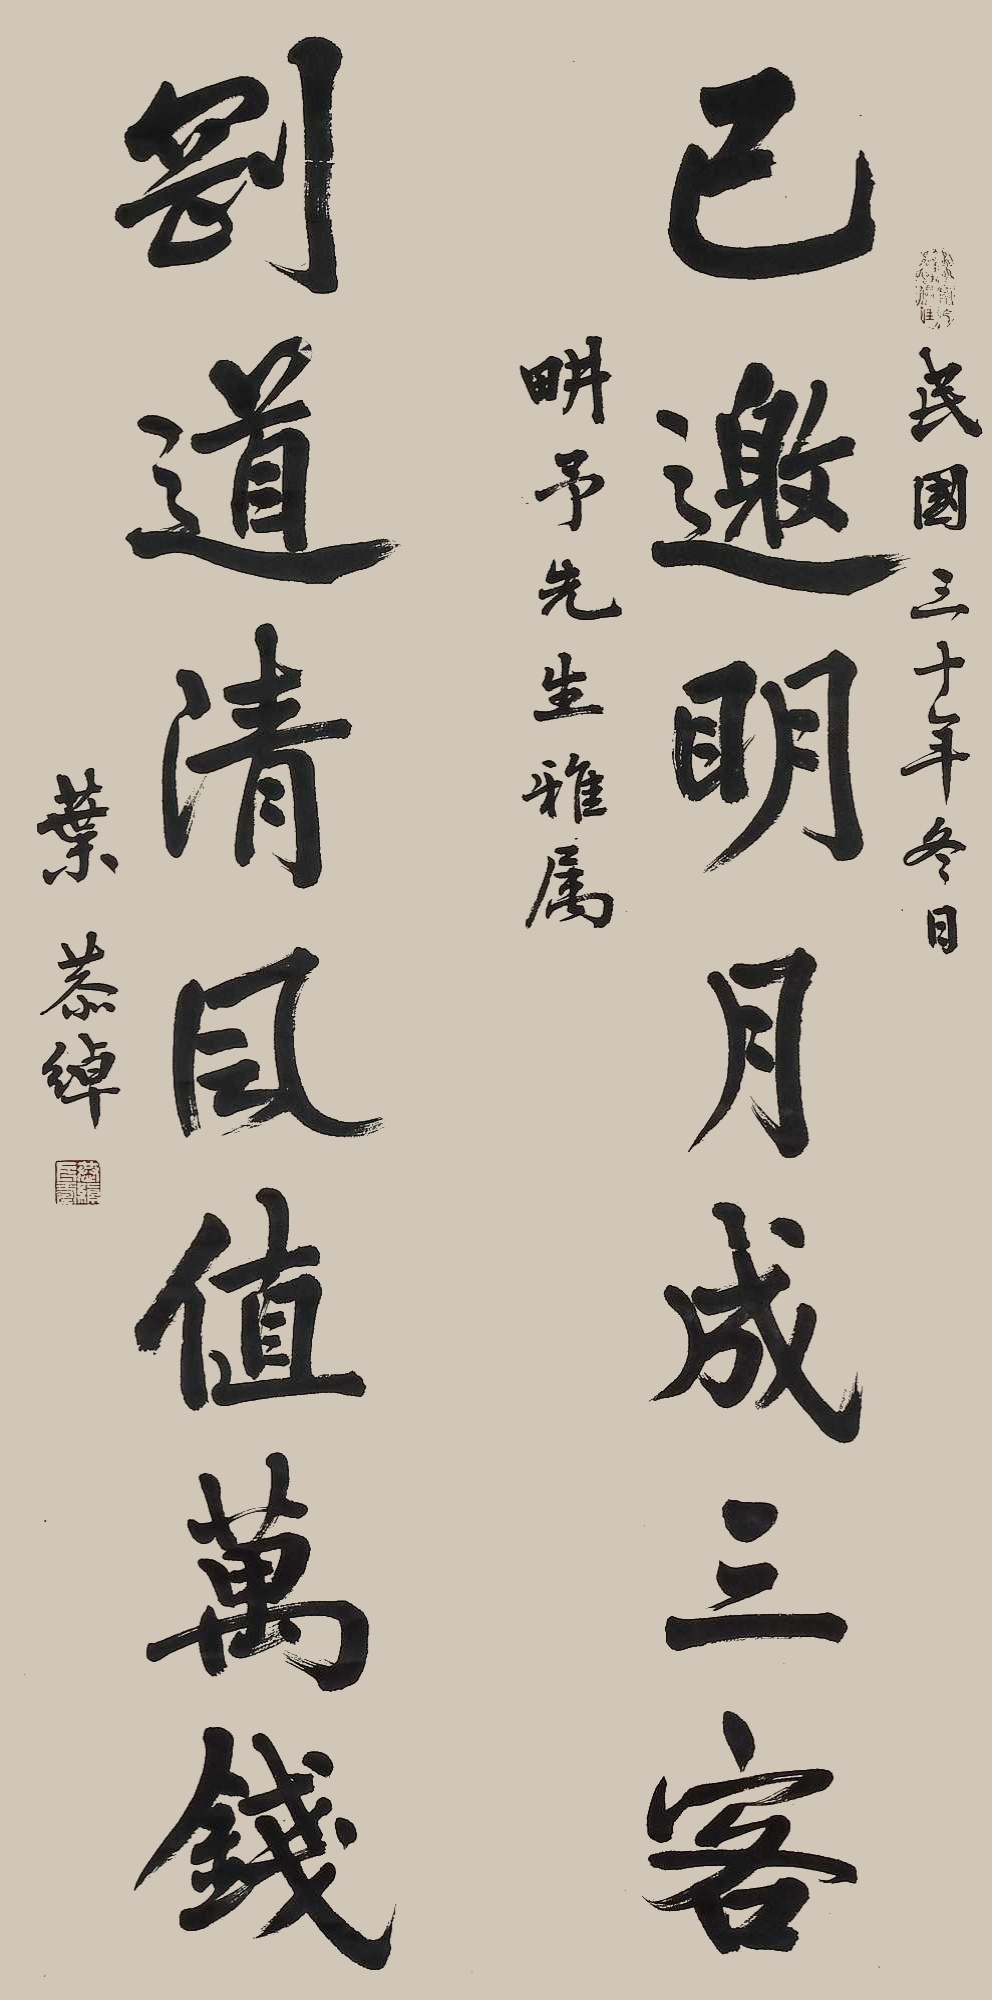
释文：已邀明月成三客，刚道清风值万钱。民国三十年冬日，畊予先生雅属，叶恭绰。